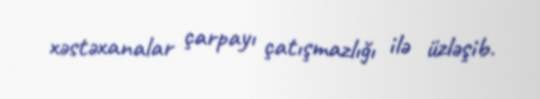
xəstəxanalar çarpayı çatışmazlığı ilə üzləşib.